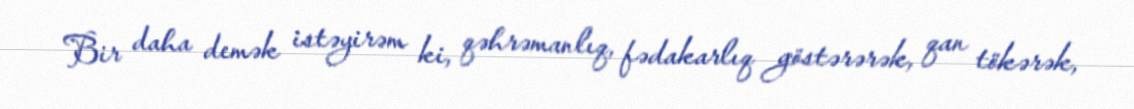
Bir daha demək istəyirəm ki, qəhrəmanlıq, fədakarlıq göstərərək, qan tökərək,